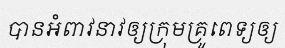
បានអំពាវនាវឲ្យក្រុមគ្រូពេទ្យឲ្យ